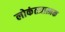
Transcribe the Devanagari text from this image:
लोकंतत्रात्मक